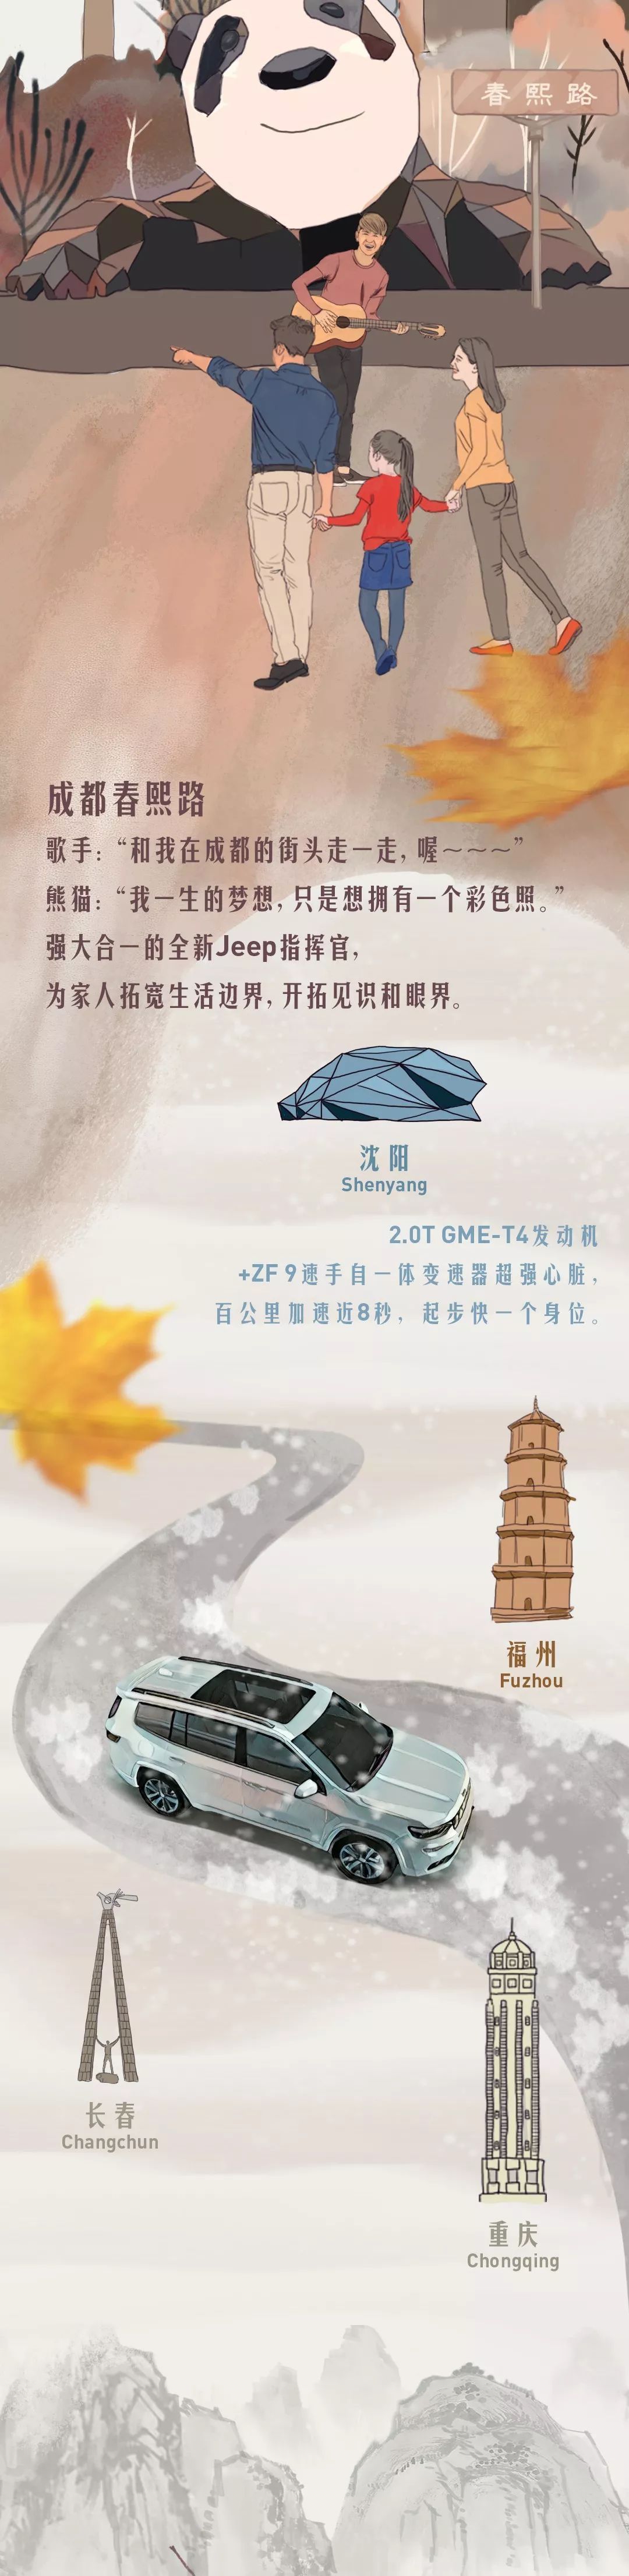
已驾七香车，心心待晓霞。